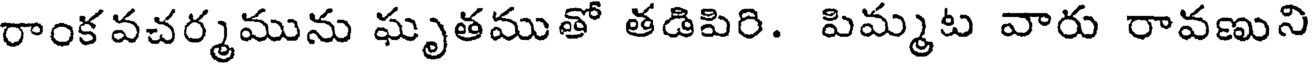
రాంకవచర్మమును ఘృతముతో తడిపిరి. పిమ్మట వారు రావణుని